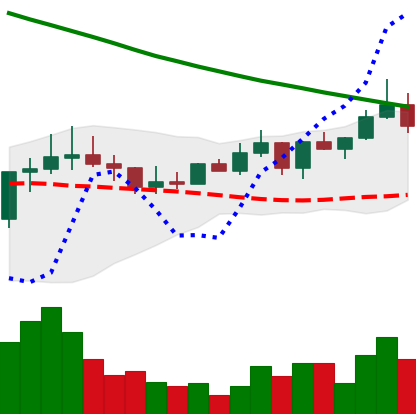
Ticker: ADA-USD
Chart end date: 2022-08-15
Forward return: -18.104%
Label: down_7plus